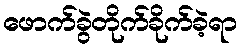
ဖောက်ခွဲတိုက်ခိုက်ခဲ့ရာ